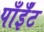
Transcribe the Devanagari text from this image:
पाँईँट